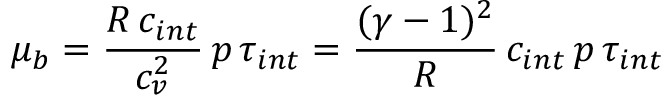
\mu _ { b } = \displaystyle \frac { R \, c _ { i n t } } { c _ { v } ^ { 2 } } \, p \, \tau _ { i n t } = \frac { ( \gamma - 1 ) ^ { 2 } } { R } \, c _ { i n t } \, p \, \tau _ { i n t }